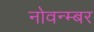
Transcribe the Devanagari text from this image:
नोवन्म्बर